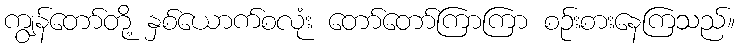
ကျွန်တော်တို့ နှစ်ယောက်စလုံး တော်တော်ကြာကြာ စဉ်းစားနေကြသည်။